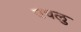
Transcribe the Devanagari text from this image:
उचलु